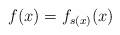
LaTeX: \begin{align*} f(x) = f_{s(x)}(x)\end{align*}